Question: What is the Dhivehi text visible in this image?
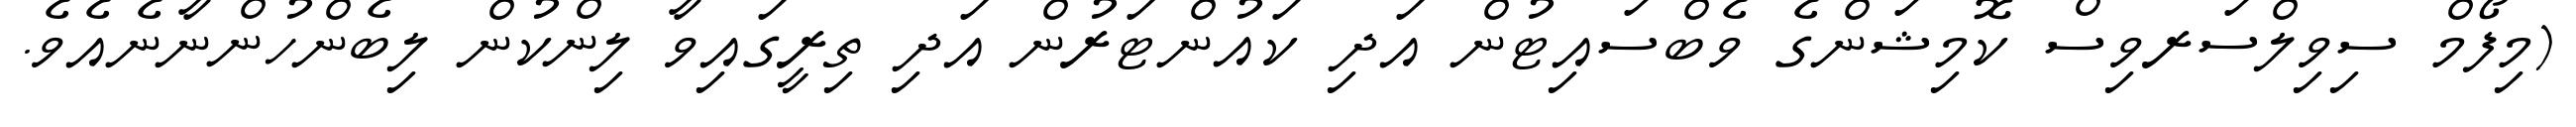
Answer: (މިފޯމް ސިވިލްސަރވިސް ކޮމިޝަންގެ ވެބްސައިޓުން އަދި ކައުންޓަރުން އަދި ތިރީގައިވާ ލިންކުން ލިބެންހުންނާނެއެވެ.